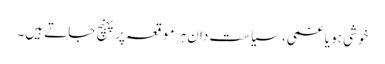
خوشی ہو یا غمی، سیاست دان ہر موقعہ پر پہنچ جاتے ہیں۔